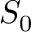
S _ { 0 }